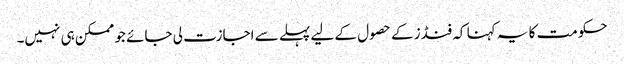
حکومت کا یہ کہنا کہ فنڈز کے حصول کے لیے پہلے سے اجازت لی جائے جو ممکن ہی نہیں۔